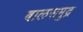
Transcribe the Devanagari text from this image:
बालसमुद्र